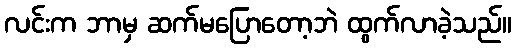
လင်းက ဘာမှ ဆက်မပြောတော့ဘဲ ထွက်လာခဲ့သည်။